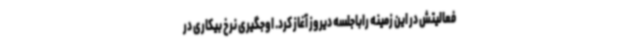
فعالیتش در این زمینه راباجلسه دیروز آغاز کرد. اوجگیری نرخ بیکاری در